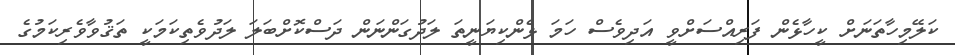
ކަލޭމިހާތަނަށް ކީހާޅެން ފަރިއްސަށްވީ އަދިވެސް ހަމަ ޅެންކިޔަނީތަ ލަދުގަންނަން ދަސްކޮށްބަލަ ލަދުވެތިކަމަކީ ތަޤުވާވެރިކަމުގެ